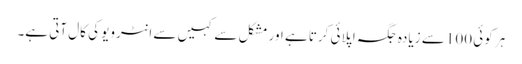
ہر کوئی 100 سے زیادہ جگہ اپلائی کرتا ہے اور مشکل سے کہیں سے انٹرویو کی کال آتی ہے۔